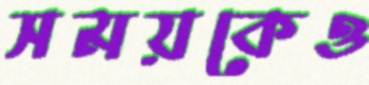
সময়কেও